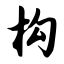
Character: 构